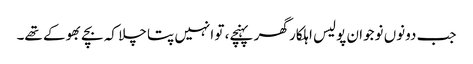
جب دونوں نوجوان پولیس اہلکار گھر پہنچے، تو انہیں پتا چلا کہ بچے بھوکے تھے۔